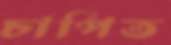
চাপিত